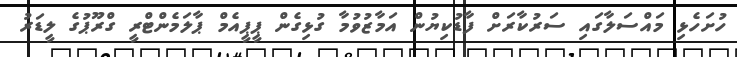
ހުށަހެޅި މައްސަލާގައި ސަރުކާރަށް ފާޑުކިޔުން އަމާޒުވުމާ ގުޅިގެން ޕީޕީއެމް ޕާލަމެންޓްރީ ގްރޫޕުގެ ލީޑަރު